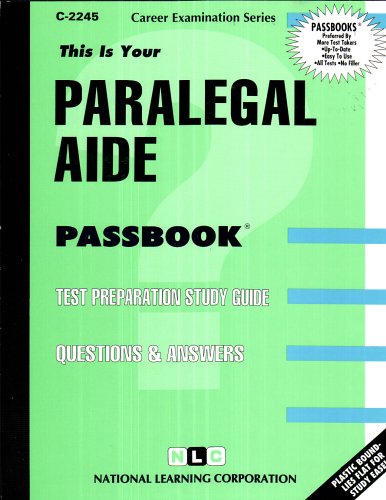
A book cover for Paralegal Aide(Passbooks); Jack Rudman; Law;